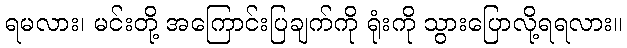
ရမလား၊ မင်းတို့ အကြောင်းပြချက်ကို ရုံးကို သွားပြောလို့ရရလား။